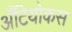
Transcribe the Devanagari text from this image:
अँटियोकस